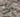
من